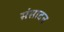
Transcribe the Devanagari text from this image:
संसादन